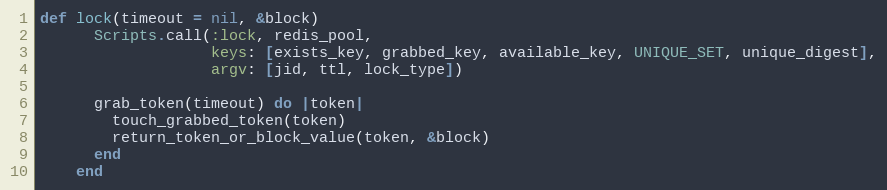
Language: Ruby
def lock(timeout = nil, &block)
      Scripts.call(:lock, redis_pool,
                   keys: [exists_key, grabbed_key, available_key, UNIQUE_SET, unique_digest],
                   argv: [jid, ttl, lock_type])

      grab_token(timeout) do |token|
        touch_grabbed_token(token)
        return_token_or_block_value(token, &block)
      end
    end